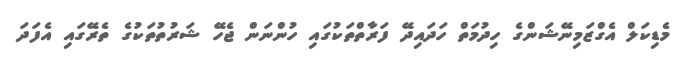
މެޑިކަލް އެގްޒަމިނޭޝަންގެ ހިދުމަތް ހަދައިދޭ ފަރާތްތަކުގައި ހުންނަން ޖެހޭ ޝަރުތުތަކުގެ ތެރޭގައި އެފަދަ